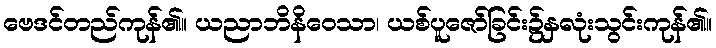
ဗေဒင်တည်ကုန်၏။ ယညာဘိနိဝေသာ၊ ယစ်ပူဇော်ခြင်း၌နှလုံးသွင်းကုန်၏။